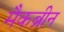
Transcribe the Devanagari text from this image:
मैकब्रीन